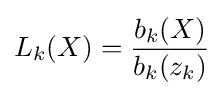
L_{k}(X)={\frac {b_{k}(X)}{b_{k}(z_{k})}}